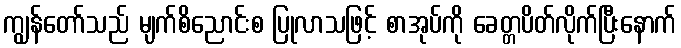
ကျွန်တော်သည် မျက်စိညောင်းစ ပြုလာသဖြင့် စာအုပ်ကို ခေတ္တပိတ်လိုက်ပြီးနောက်